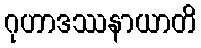
ဂုဟာဒဿနာယာတိ